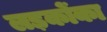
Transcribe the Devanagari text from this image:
लड़कोंका